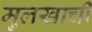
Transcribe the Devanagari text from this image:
मुलखाची